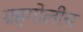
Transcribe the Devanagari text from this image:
ग्रहगोलीय